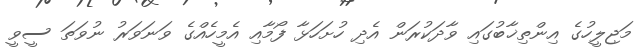
މަޖިލީހުގެ އިންތިޚާބުގައި ވާދަކުރަން އެދި ހުށަހަޅާ ފޯމާއި އެމީހެއްގެ ވަނަވަރު ނުވަތަ ސީވީ